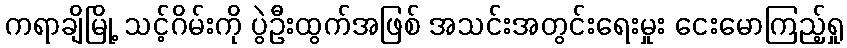
ကရာချိမြို့ သင့်ဂိမ်းကို ပွဲဦးထွက်အဖြစ် အသင်းအတွင်းရေးမှုး ငေးမောကြည့်ရှု